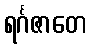
ရင်္ဂဇာတေ